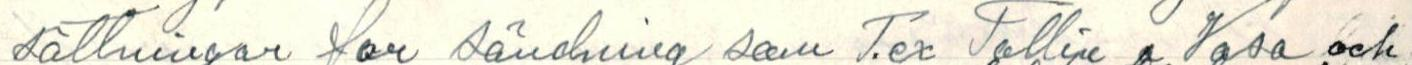
sättningar for sändning som T.ex Tallin a  Vasa och